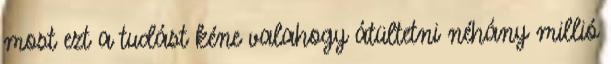
most ezt a tudást kéne valahogy átültetni néhány millió